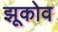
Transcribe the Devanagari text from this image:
झूकोव